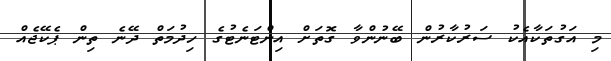
މި އަގުތަކާއެކު ސަރުކާރުން ބޭނުންވާ ގޮތަށް އިންޓަނެޓުގެ ހިދުމަތް ދޭނެ ތިން ޕެކޭޖެއް